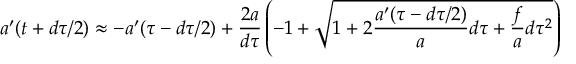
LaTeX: a ^ { \prime } ( t + d \tau / 2 ) \approx - a ^ { \prime } ( \tau - d \tau / 2 ) + { \frac { 2 a } { d \tau } } \left( - 1 + \sqrt { 1 + 2 { \frac { a ^ { \prime } ( \tau - d \tau / 2 ) } { a } } d \tau + { \frac { f } { a } } d \tau ^ { 2 } } \right)